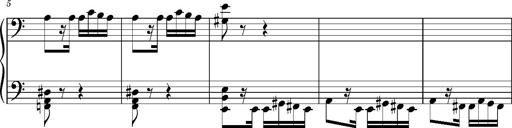
Title: 2 Album-Leaves, S.166y
Composer: Franz Liszt
Key: A minor